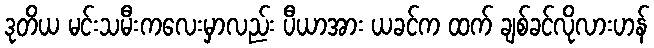
ဒုတိယ မင်းသမီးကလေးမှာလည်း ပီယာအား ယခင်က ထက် ချစ်ခင်လိုလားဟန်